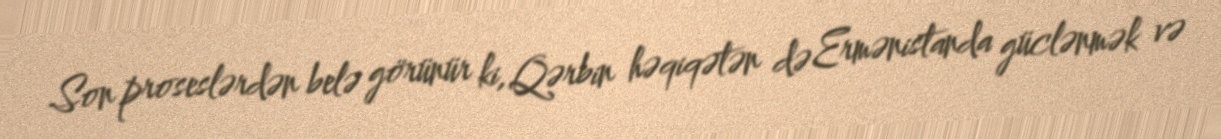
Son proseslərdən belə görünür ki, Qərbin həqiqətən də Ermənistanda güclənmək və